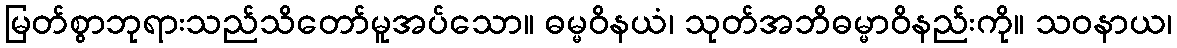
မြတ်စွာဘုရားသည်သိတော်မူအပ်သော။ ဓမ္မဝိနယံ၊ သုတ်အဘိဓမ္မာဝိနည်းကို။ သဝနာယ၊